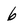
Character: 6